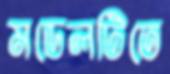
মডেলটিতে